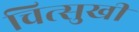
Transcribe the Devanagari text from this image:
चित्सुखी